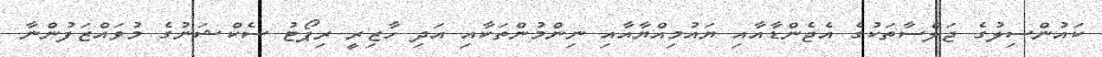
ކައުންސިލުގެ ޖަލްސާތަކުގެ އެޖެންޑާއާއި ޔައުމިއްޔާއާއި ނިންމުންތަކާއި އަދި ހާޒިރީ ރިޕޯޓު ސެކްޝަނުގެ މުވައްޒަފުންނާ